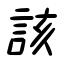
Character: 該